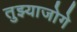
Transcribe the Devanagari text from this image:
तुझ्याजोगे